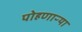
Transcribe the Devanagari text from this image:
पोहणाऱ्या